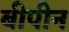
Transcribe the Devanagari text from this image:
बीपीन